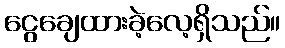
ငွေချေထားခဲ့လေ့ရှိသည်။